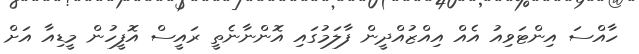
ހާއްސަ އިންޓަވިއު އެއް އިއްޒުއްދީން ފާލަމުގައި އޮންނާނެތީ ރައީސް އޮފީހުން މީޑިއާ އަށް